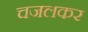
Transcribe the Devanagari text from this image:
चजलकर